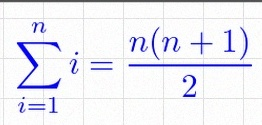
\sum_{i=1}^{n}i=\frac{n(n+1)}2